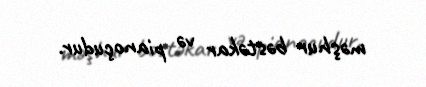
məşhur bəstəkar və pianoçudur.